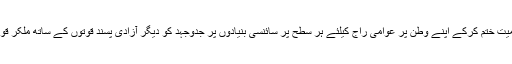
پارٹی مادروطن کے ہر پار قابضین کے ظلم و جبر کے شکار کشمیری عوام کی محکومیت ختم کرکے اپنے وطن پر عوامی راج کیلئے ہر سطح پر سائنسی بنیادوں پر جدوجہد کو دیگر آزادی پسند قوتوں کے ساتھ ملکر قومی شناخت کے ساتھ قومی آزادی پر منتج کرنے کیلئے کوئی کسر اٹھا نہیں رکھے گی۔